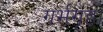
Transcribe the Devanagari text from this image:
गर्भगृह।